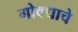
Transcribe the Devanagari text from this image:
गोवधाचे